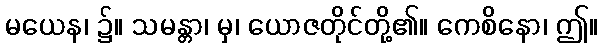
မယေန၊ ၌။ သမန္တာ၊ မှ၊ ယောဇတိုင်တို့၏။ ကေစိနော၊ ဤ။